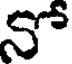
నో